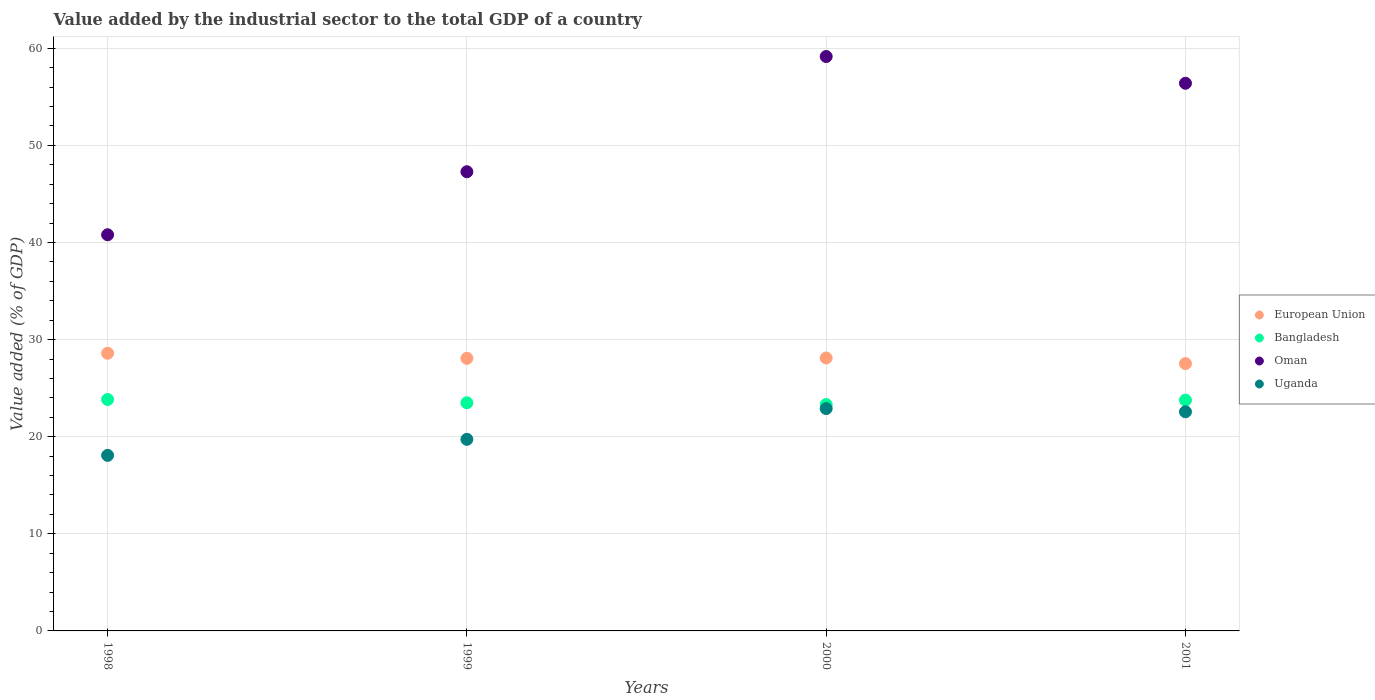
| Years | European Union | Bangladesh | Oman | Uganda |
 | --- | --- | --- | --- | --- |
 | 1998 | 28.6 | 23.8 | 40.8 | 18.1 |
 | 1999 | 28.1 | 23.5 | 47.3 | 19.7 |
 | 2000 | 28.1 | 23.3 | 59.2 | 22.9 |
 | 2001 | 27.5 | 23.8 | 56.4 | 22.6 |